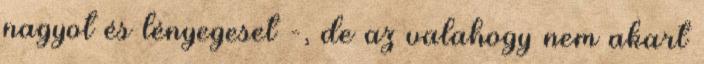
nagyot és lényegeset -, de az valahogy nem akart